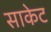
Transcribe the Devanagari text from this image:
साकेट